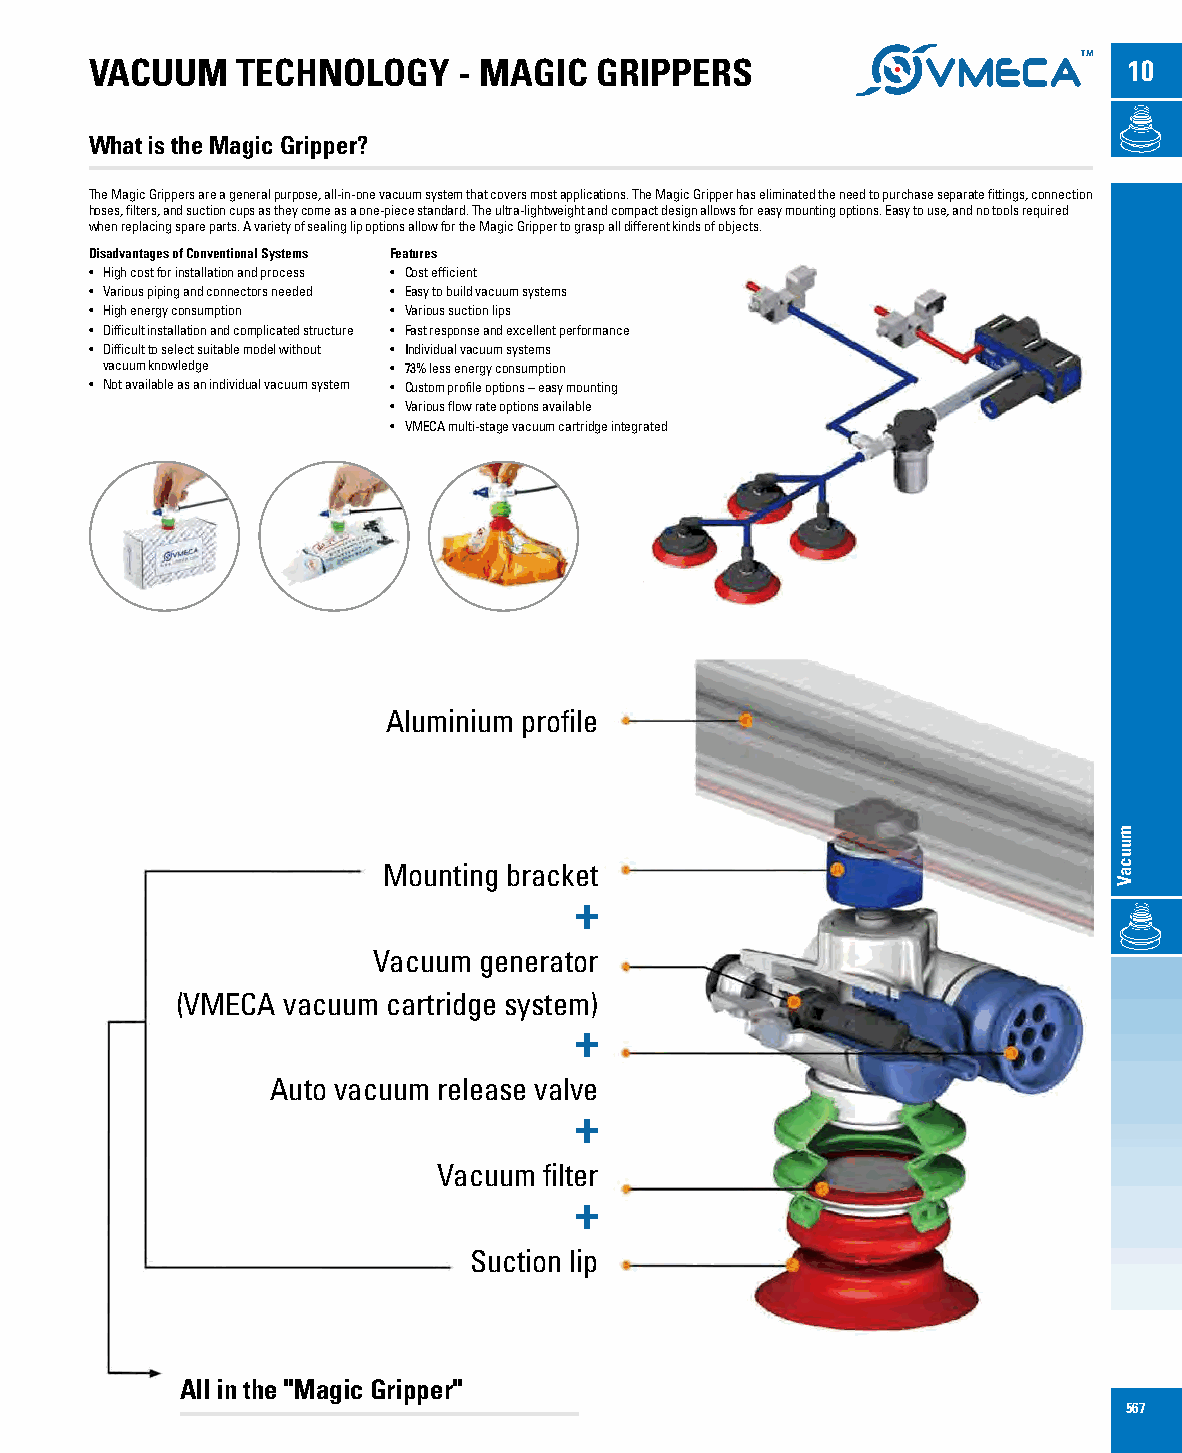
VACUUM    TECHNOLOGY    - MAGIC  GRIPPERS                            10
 What is the Magic Gripper?
 The Magic Grippers are a general purpose, all-in-one vacuum system that covers most applications. The Magic Gripper has eliminated the need to purchase separate fittings, connection
 hoses, filters, and suction cups as they come as a one-piece standard. The ultra-lightweight and compact design allows for easy mounting options. Easy to use, and no tools required
 when replacing spare parts. A variety of sealing lip options allow for the Magic Gripper to grasp all different kinds of objects.
 Disadvantages of Conventional Systems Features
 • High cost for installation and process • Cost efficient
 • Various piping and connectors needed • Easy to build vacuum systems
 • High energy consumption • Various suction lips
 • Difficult installation and complicated structure • Fast response and excellent performance
 • Difficult to select suitable model without • Individual vacuum systems
 vacuum knowledge   • 73% less energy consumption
 • Not available as an individual vacuum system • Custom profile options – easy mounting
 • Various flow rate options available
 • VMECA multi-stage vacuum cartridge integrated
 Aluminium profile
 Mounting bracket
 +
 Vacuum generator
 (VMECA vacuum cartridge system)
 +
 Auto vacuum release valve
 +
 Vacuum filter
 +
 Suction lip
 All in the "Magic Gripper"
 567
 muucaV